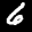
Label: 6